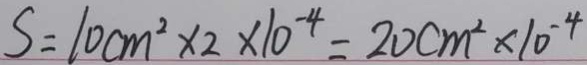
S = 1 0 c m ^ { 2 } \times 2 \times 1 0 ^ { - 4 } = 2 0 c m ^ { 2 } \times 1 0 ^ { - 4 }